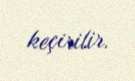
keçirilir.